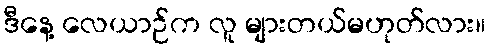
ဒီနေ့ လေယာဉ်က လူ များတယ်မဟုတ်လား။